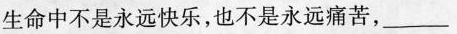
生命中不是永远快乐，也不是永远痛苦，__